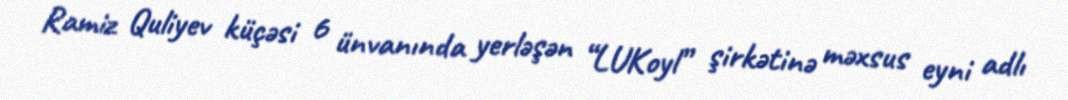
Ramiz Quliyev küçəsi 6 ünvanında yerləşən “LUKoyl” şirkətinə məxsus eyni adlı